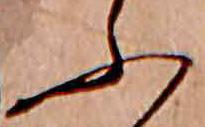
ふ